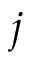
j